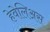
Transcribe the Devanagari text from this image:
हेवेलिअस